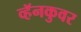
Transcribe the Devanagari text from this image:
व्हॅनकुवर